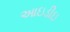
આઇડીઇ